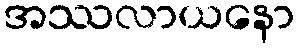
အဿလာယနော